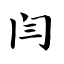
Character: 闫